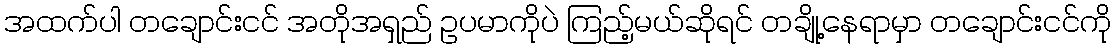
အထက်ပါ တချောင်းငင် အတိုအရှည် ဥပမာကိုပဲ ကြည့်မယ်ဆိုရင် တချို့နေရာမှာ တချောင်းငင်ကို